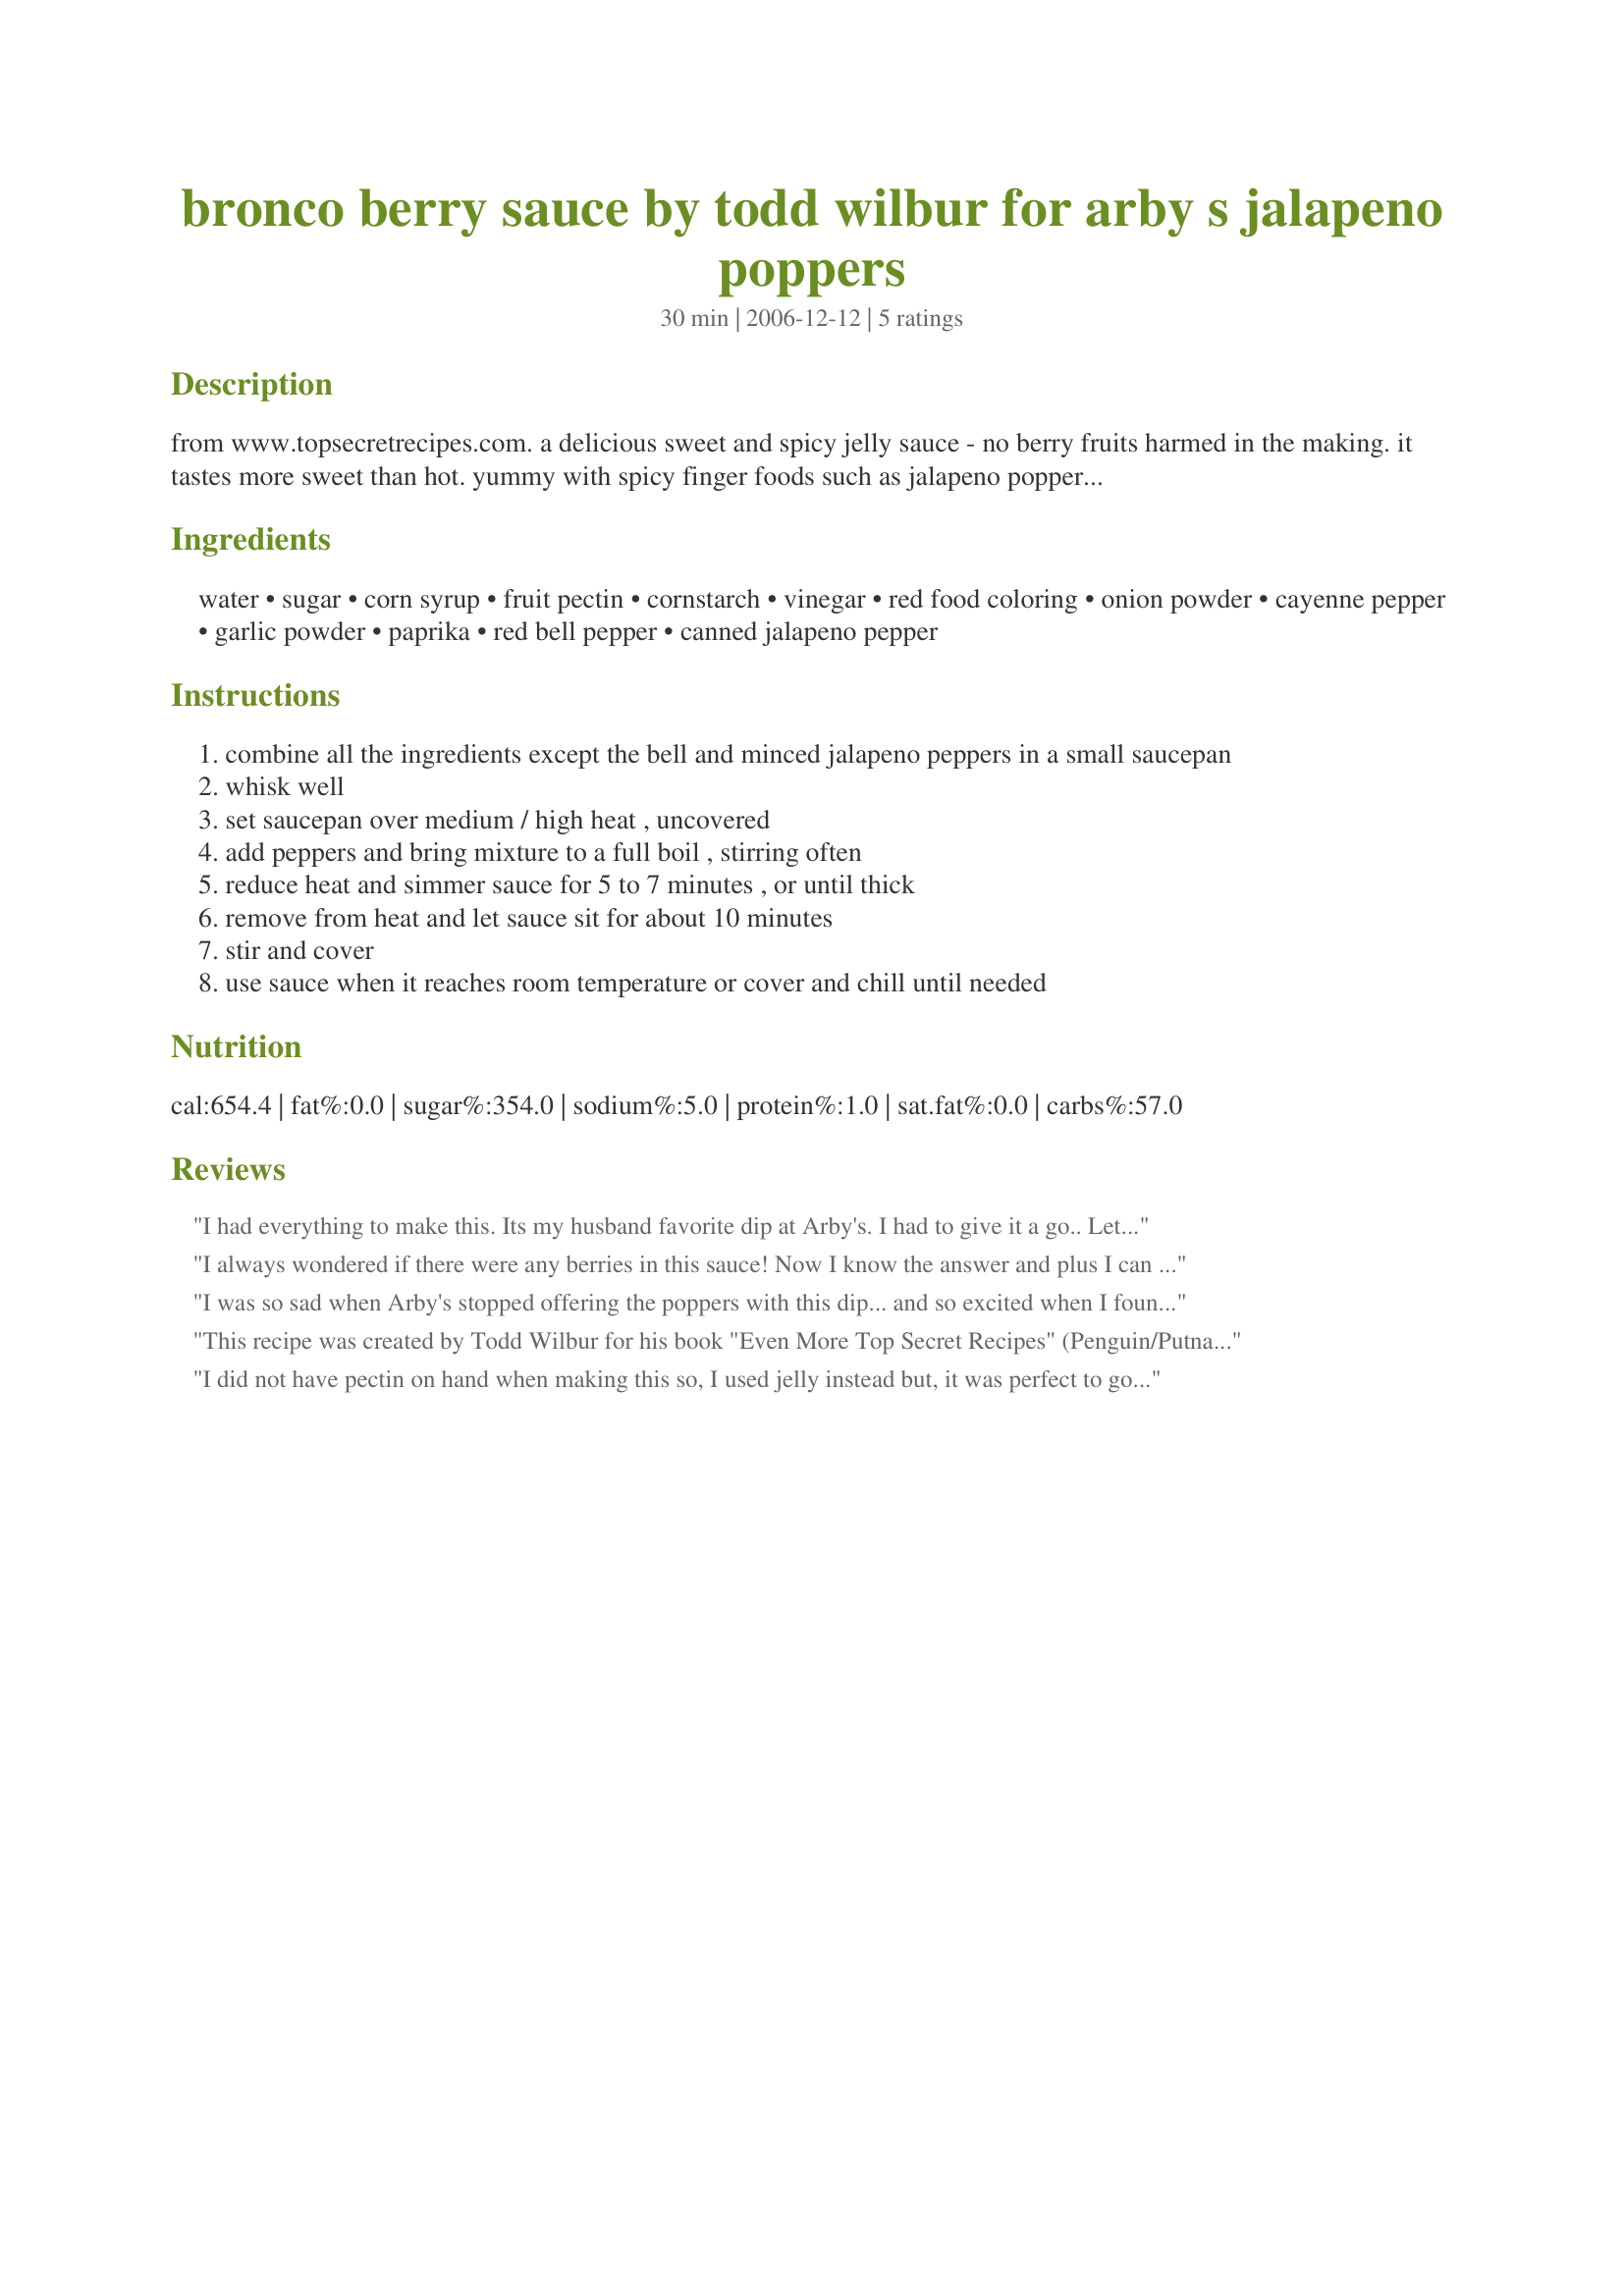
bronco berry sauce by todd wilbur for arby s jalapeno poppers
Preparation time: 30 minutes

from www.topsecretrecipes.com. a delicious sweet and spicy jelly sauce - no berry fruits harmed in the making. it tastes more sweet than hot. yummy with spicy finger foods such as jalapeno poppers, and also great on meats such as lamb chops. recipe is an arby's restaurant copycat posted on planet hamster. *i've made this without the pectin - i added 1/8 c of wondra, and it turned out fine. it's pretty close to the original!

Ingredients:
water, sugar, corn syrup, fruit pectin, cornstarch, vinegar, red food coloring, onion powder, cayenne pepper, garlic powder, paprika, red bell pepper, canned jalapeno pepper

Steps:
combine all the ingredients except the bell and minced jalapeno peppers in a small saucepan
whisk well
set saucepan over medium / high heat , uncovered
add peppers and bring mixture to a full boil , stirring often
reduce heat and simmer sauce for 5 to 7 minutes , or until thick
remove from heat and let sauce sit for about 10 minutes
stir and cover
use sauce when it reaches room temperature or cover and chill until needed

Reviews:
I had everything to make this. Its my husband favorite dip at Arby's. I had to give it a go.. Letting it cool now. Hope it taste just like yall say. Far as red goes.. I had the bottle so bout 5 drops got the color.had to come back and edited. That is the bomb. I'll make it again for sure
I always wondered if there were any berries in this sauce! Now I know the answer and plus I can make this sauce at home! I had all the ingredients on hand (even the pectin) and it only took about 25 drops of red food coloring for my sauce to turn a pretty shade of red. I did cut the sauce in half since I knew I wouldn't need quite that much sauce and plus I wanted to see how it tasted. It is a wonderful dip with Recipe #91720... sweet with just a little tang from the vinegar ( I used organic apple cider vinegar) It wasn't very hot at all since the sauce cooks down for a while, even though I used fresh jalapeno instead of canned. A great copycat that tastes just like the original... thanks for posting!
I was so sad when Arby's stopped offering the poppers with this dip... and so excited when I found it on here! This is it, it tastes exactly like it's supposed to!
This recipe was created by Todd Wilbur for his book "Even More Top Secret Recipes" (Penguin/Putnam 2002)
I did not have pectin on hand when making this so, I used jelly instead but, it was perfect to go along side the Jalapeno Popper Wonton Puffs recipe I had made!
